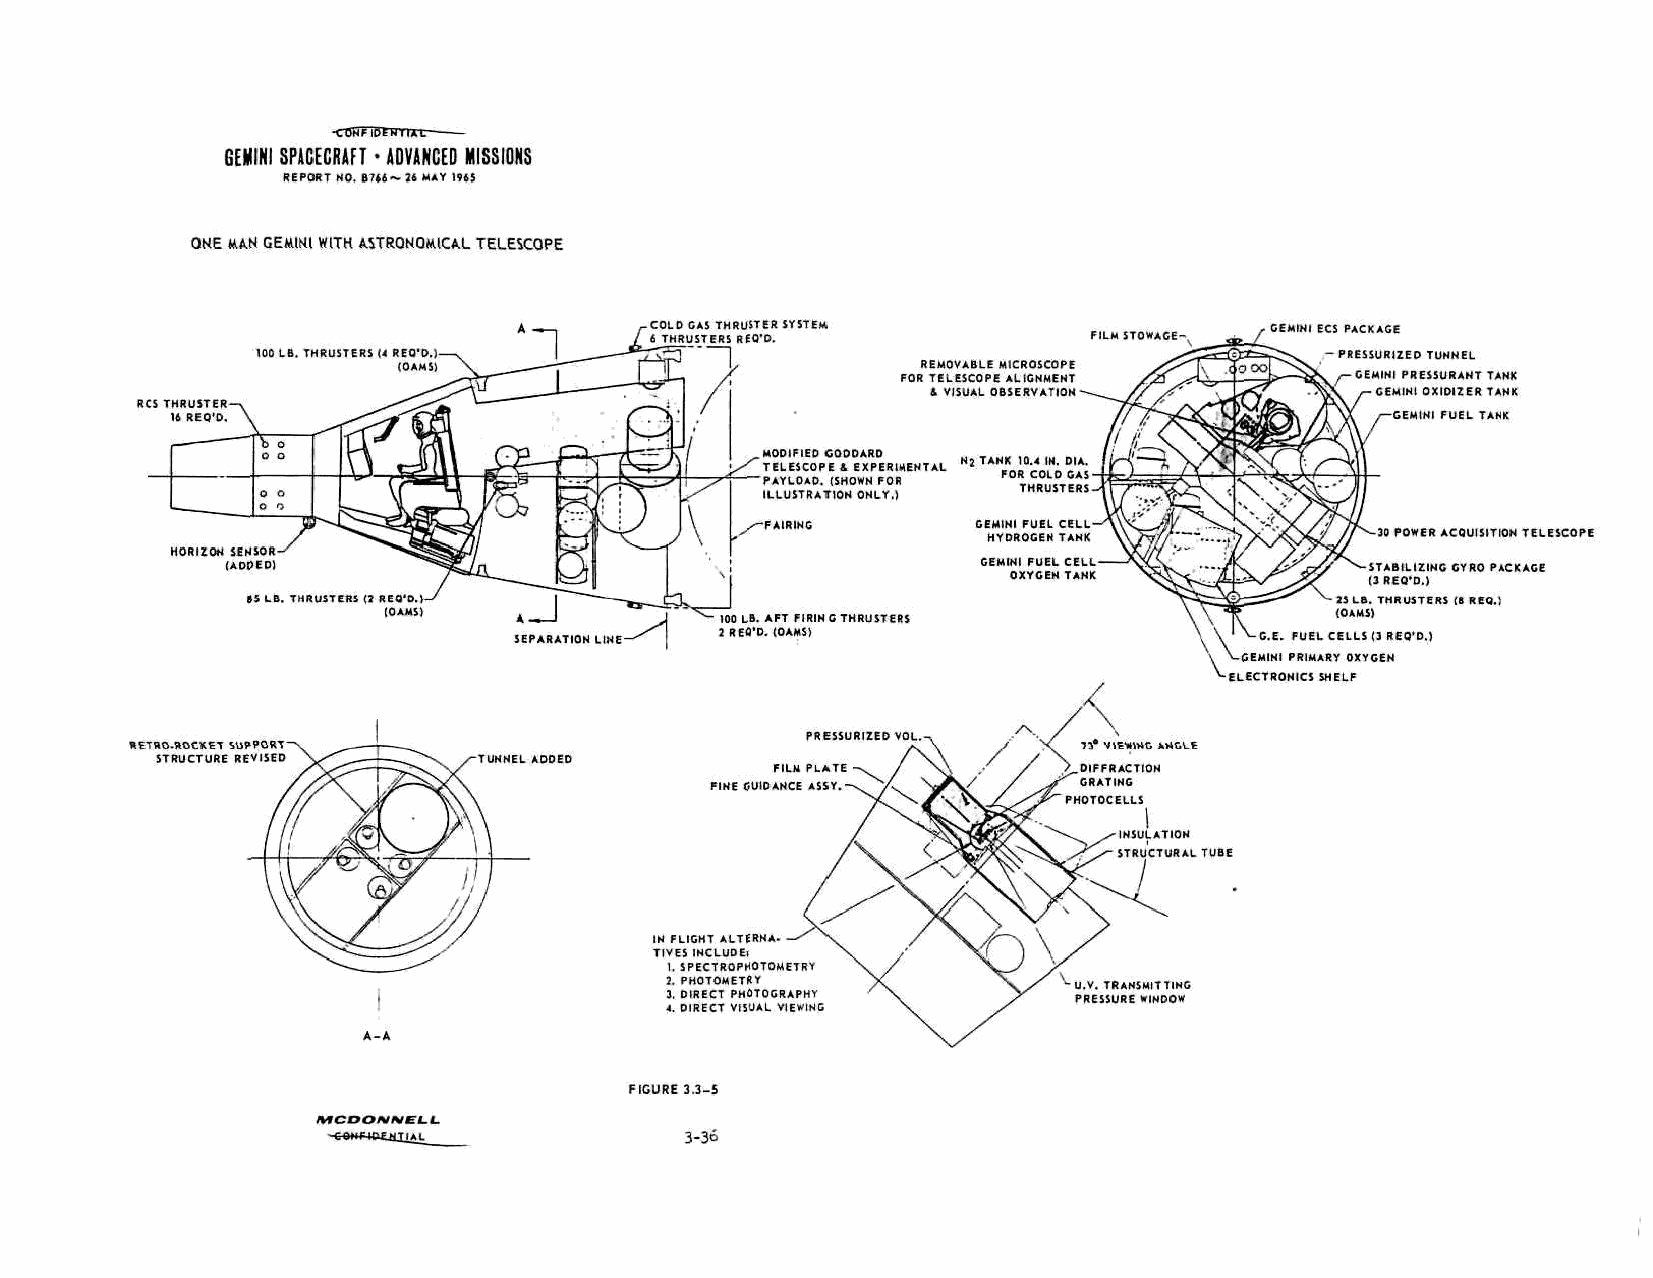
-CBHTioTHTTXT
 GEMINI SPACECRAFT • ADVANCED MISSIONS
 REPORT NO. Blti- 26 HAY 1965
 ONE MAN GEMINI WITH ASTRONOMICAL TELESCOPE
 COLD GAS TMRUSTER SYSTEM
 6 TMRUSTERS REQ'O.           FILM STOWAGE-
 100 LB. THRUST6RS (4 REO'O.)
 (OAMS                              REMOVABLE MICROSCOPE
 FOR TELESCOPE ALIGNMENT
 4 VISUAL OBSERVATION
 RCS THRU5TER
 11 REQ'D.
 MODIFIED GODDARD
 TELESCOPE 1 EXPERIMENTAL N2 TANK 10.4 M. DIA.
 PAYLOAD. (SHOWN FOR FOR COLD GAS
 LLUSTRATION ONLY.) THRUSTERS
 GEMINI FUEL CELL
 HYDROGEN TANK
 GEMINI FUEL CELL
 OXYGEN TANK
 100 LB. AFT FIRING THRUSTERS
 SEPARATION LINE- J REQ'D. (OAMS)                 G.E.
 GEMINI
 ELECTRO
 PRESSURIZED VOL
 RETRO-ROCKET SUPPORT                                           73* VIEWING ANGLE
 STRUCTURE REVISED     TUNNEL ADDED
 FILM PLATE
 PINE OUIDANCE ASSY.
 NSULATIOH
 STRUCTURAL TUBE
 IN FLIGHT ALTERNA
 TIVES INCLUDEi
 1. SPECTROPHOTOMETRY
 2. PHOTOMETRY              U.V. TRANSMITTING
 3. DIRECT PHOTOGRAPHY      PRESSURE WINDOW
 4. DIRECT VISUAL VIEWING
 FIGURE 3.3-5
 mcoomniELi.